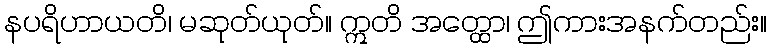
နပရိဟာယတိ၊ မဆုတ်ယုတ်။ ဣတိ အတ္ထော၊ ဤကားအနက်တည်း။